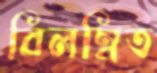
বিলম্বিত